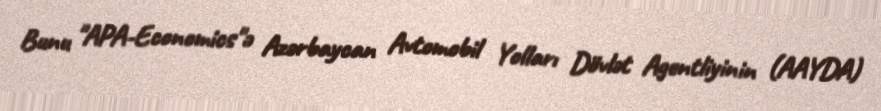
Bunu "APA-Economics"ə Azərbaycan Avtomobil Yolları Dövlət Agentliyinin (AAYDA)